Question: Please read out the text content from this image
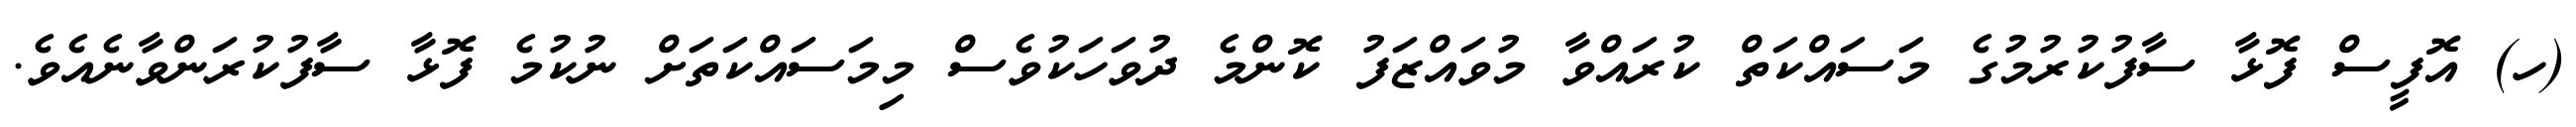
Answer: (ހ) އޮފީސް ފޮޅާ ސާފުކުރުމުގެ މަސައްކަތް ކުރައްވާ މުވައްޒަފު ކޮންމެ ދުވަހަކުވެސް މިމަސައްކަތަށް ނުކުމެ ފޮޅާ ސާފުކުރަންވާނެއެވެ.